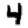
Digit: 4